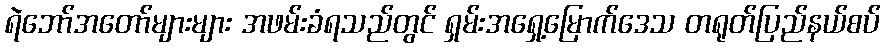
ရဲဘော်အတော်များများ အဖမ်းခံရသည်တွင် ရှမ်းအရှေ့မြောက်ဒေသ တရုတ်ပြည်နယ်စပ်